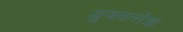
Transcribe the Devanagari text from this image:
गुणवत्‍तेचा